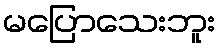
မပြောသေးဘူး